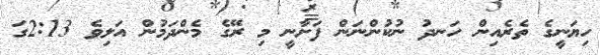
ހިޔަނީގެ ތެރެއިން ހަނދު ނުކުންނަން ފަށާނީ މި ރޭގެ މެންދަމުން އަލިވެ 2:13ގަ